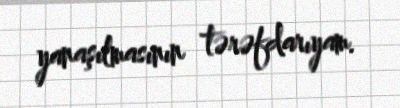
yanaşılmasının tərəfdarıyam.